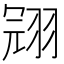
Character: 𱻙